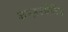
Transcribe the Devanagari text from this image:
कन्ज़रवेटिव